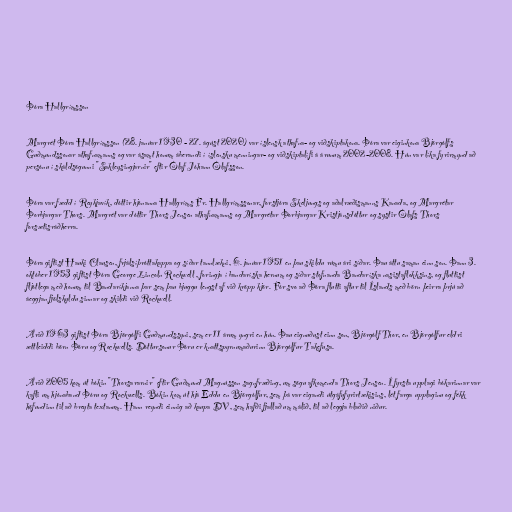
Þóra Hallgrímsson

Margrét Þóra Hallgrímsson (28. janúar 1930 - 27. ágúst 2020) var íslensk athafna- og viðskiptakona. Þóra var eiginkona Björgólfs
Guðmundssonar athafnamanns og var ásamt honum áberandi í íslensku menningar- og viðskiptalífi á árunum 2002-2008. Hún var líka fyrirmynd að
persónu í skáldsögunni "Sakleysingjarnir" eftir Ólaf Jóhann Ólafsson.

Þóra var fædd í Reykjavík, dóttir hjónanna Hallgríms Fr. Hallgrímssonar, forstjóra Skeljungs og aðalræðismanns Kanada, og Margrétar
Þorbjargar Thors. Margrét var dóttir Thors Jensen athafnamanns og Margrétar Þorbjargar Kristjánsdóttur og systir Ólafs Thors
forsætisráðherra.

Þóra giftist Hauki Clausen, frjálsíþróttakappa og síðar tannlækni, 6. janúar 1951 en þau skildu rúmu ári síðar. Þau áttu saman einn son. Þann 3.
október 1953 giftist Þóra George Lincoln Rockwell , foringja í bandaríska hernum og síðar stofnanda Bandaríska nasistaflokksins, og fluttist
fljótlega með honum til Bandaríkjanna þar sem þau bjuggu lengst af við kröpp kjör. Fór svo að Þóra flutti aftur til Íslands með börn þeirra þrjú að
áeggjan fjölskyldu sinnar og skildi við Rockwell.

Árið 1963 giftist Þóra Björgólfi Guðmundssyni, sem er 11 árum yngri en hún. Þau eignuðust einn son, Björgólf Thor, en Björgólfur eldri
ættleiddi börn Þóru og Rockwells. Dóttursonur Þóru er knattspyrnumaðurinn Björgólfur Takefusa.

Árið 2005 kom út bókin "Thorsararnir" eftir Guðmund Magnússon sagnfræðing, um sögu afkomenda Thors Jensen. Í fyrsta upplagi bókarinnar var
kafli um hjónaband Þóru og Rockwells. Bókin kom út hjá Eddu en Björgólfur, sem þá var eigandi útgáfufyrirtækisins, lét farga upplaginu og fékk
höfundinn til að breyta textanum. Hann reyndi einnig að kaupa DV, sem hafði fjallað um málið, til að leggja blaðið niður.